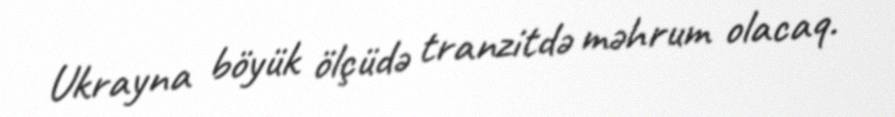
Ukrayna böyük ölçüdə tranzitdə məhrum olacaq.